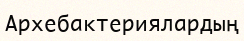
Архебактериялардың